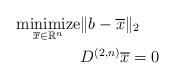
LaTeX: \begin{align*}\underset{\overline{x}\in\mathbb{R}^{n}}{\mbox{minimize}} & \|b-\overline{x}\|_2 \\ & D^{(2,n)}\overline{x}=0\end{align*}